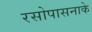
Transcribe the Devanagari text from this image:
रसोपासनाके